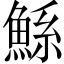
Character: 鯀